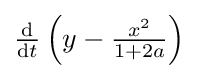
{\tfrac {\mathrm {d} }{\mathrm {d} t}}\left(y-{\tfrac {x^{2}}{1+2a}}\right)